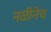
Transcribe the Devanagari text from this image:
नळीनेच